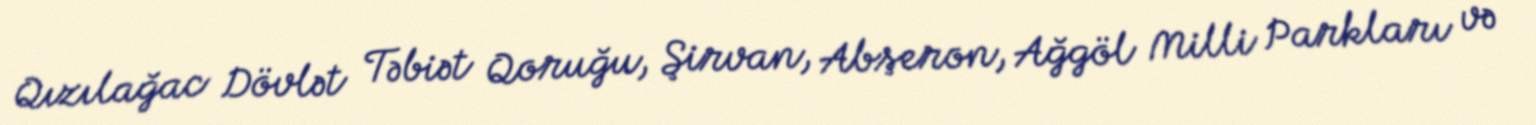
Qızılağac Dövlət Təbiət Qoruğu, Şirvan, Abşeron, Ağgöl Milli Parkları və